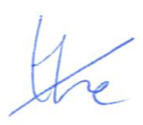
Text: the
Cross-out: diagonal
Writing tool: ballpoint